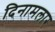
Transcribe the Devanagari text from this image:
दिनामलार